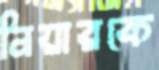
নিয়ারকে